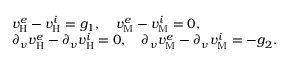
\begin{array} { r l } & { v _ { \mathrm { H } } ^ { e } - v _ { \mathrm { H } } ^ { i } = g _ { 1 } , \quad v _ { \mathrm { M } } ^ { e } - v _ { \mathrm { M } } ^ { i } = 0 , } \\ & { \partial _ { \nu } v _ { \mathrm { H } } ^ { e } - \partial _ { \nu } v _ { \mathrm { H } } ^ { i } = 0 , \quad \partial _ { \nu } v _ { \mathrm { M } } ^ { e } - \partial _ { \nu } v _ { \mathrm { M } } ^ { i } = - g _ { 2 } . } \end{array}